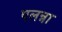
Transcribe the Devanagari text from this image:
एलन्ना